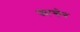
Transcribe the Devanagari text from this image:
फान्तेन